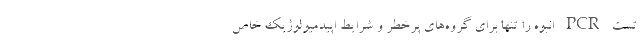
تست PCR انبوه را تنها برای گروه‌های پرخطر و شرایط اپیدمیولوژیک خاص